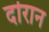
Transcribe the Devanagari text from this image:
दॊरान